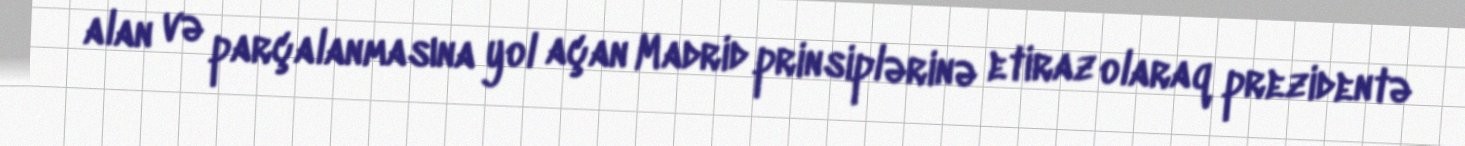
alan və parçalanmasına yol açan Madrid prinsiplərinə etiraz olaraq prezidentə